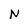
Character: N